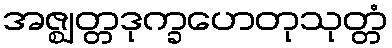
အဇ္ဈတ္တဒုက္ခဟေတုသုတ္တံ